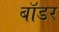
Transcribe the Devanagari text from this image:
बाॅडर